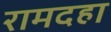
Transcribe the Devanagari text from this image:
रामदहा